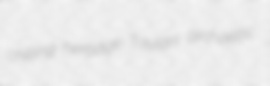
chilling herbage Taylors archaistic